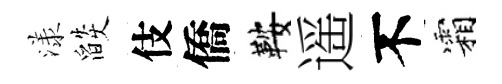
漾燄伎僑鞍遥不霜